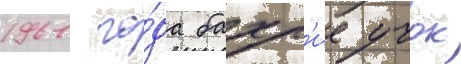
1961 го́да бахр'ие учок